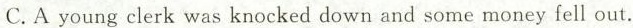
C.A young clerk was knocked down and some money fell out.